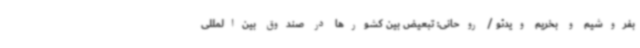
بفروشیم و بخریم ویدئو / روحانی: تبعیض بین کشورها در صندوق بین‌المللی